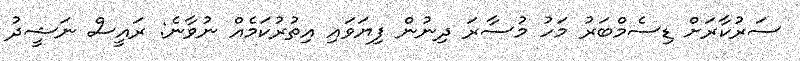
ސަރުކާރަށް ޑިސެމްބަރު މަހު މުސާރަ ދިނުން ފިޔަވައި އިތުރުކަމެއް ނުވާނެ: ރައީސް ނަޝީދު